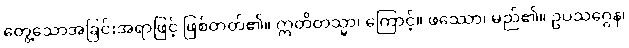
တွေ့သောအခြင်းအရာဖြင့် ဖြစ်တတ်၏။ ဣတိတသ္မာ၊ ကြောင့်။ ဖဿော၊ မည်၏။ ဥပသဂ္ဂေန၊